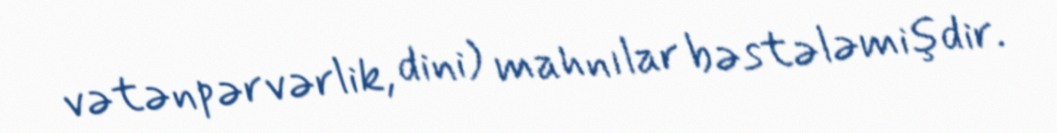
vətənpərvərlik, dini) mahnılar bəstələmişdir.